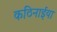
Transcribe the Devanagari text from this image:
कठिनाईया